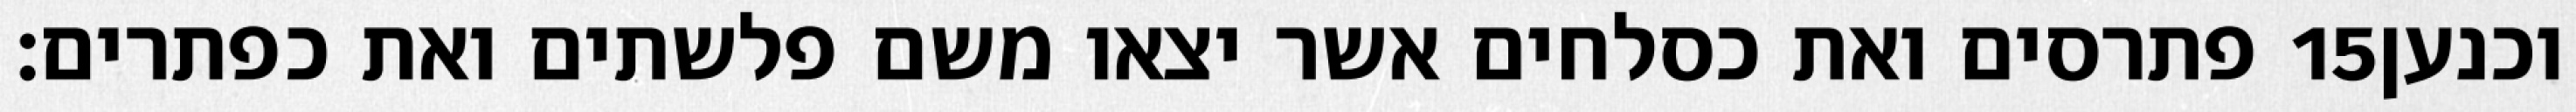
פתרסים ואת כסלחים אשר יצאו משם פלשתים ואת כפתרים׃ ‎15‏ וכנען